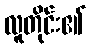
လူတိုင်း၏